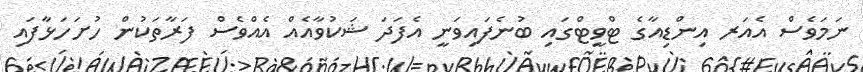
ނަމަވެސް އެއަރ އިންޑިއާގެ ޓްވީޓްގައި ބުނެފައިވަނީ އެފަދަ ޝަކުވާއެއް އެއްވެސް ފަރާތަކުން ހުށަހަޅާފައި